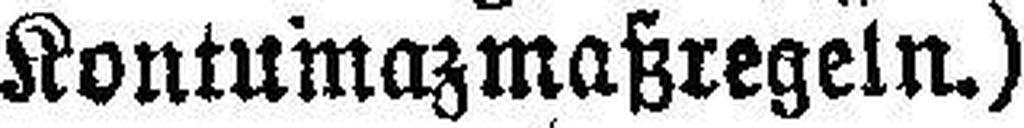
Kontumazmaßregeln.)